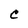
Character: C